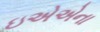
ઇએએના